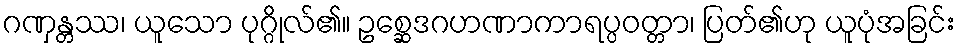
ဂဏှန္တဿ၊ ယူသော ပုဂ္ဂိုလ်၏။ ဥစ္ဆေဒဂဟဏာကာရပ္ပဝတ္တာ၊ ပြတ်၏ဟု ယူပုံအခြင်း